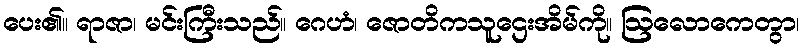
ပေး၏။ ရာဇာ၊ မင်းကြီးသည်။ ဂေဟံ၊ ဇောတိကသူဌေးအိမ်ကို။ ဩလောကေတွာ၊